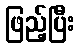
ဖြည့်ပြီး